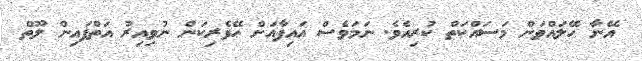
އޭނާ ހޭލައްވަން މަސައްކަތް ކުރިއެވެ. ނަމަވެސް އައިފާއަށް ހޭވެރިކަން ނުވިއިރު އަތްފައިން ލޫތް